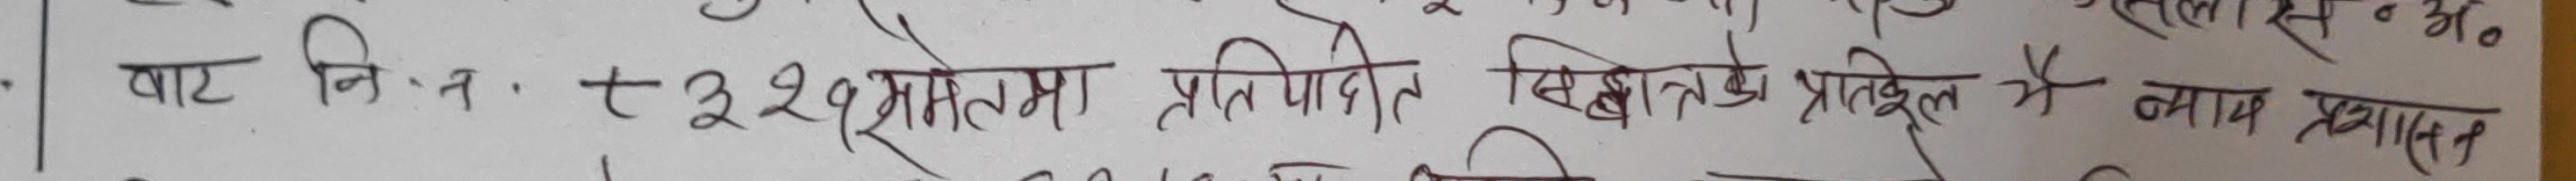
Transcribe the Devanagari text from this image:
बाट नित्त - t २१ प्रतिशत प्रतिदिन सिद्धांत के प्रतिकूल है न्याय प्रशासन